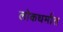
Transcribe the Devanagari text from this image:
लोकधर्मात